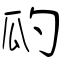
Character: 瓝